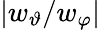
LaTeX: \vert w_{\vartheta}/w_{\varphi}\vert